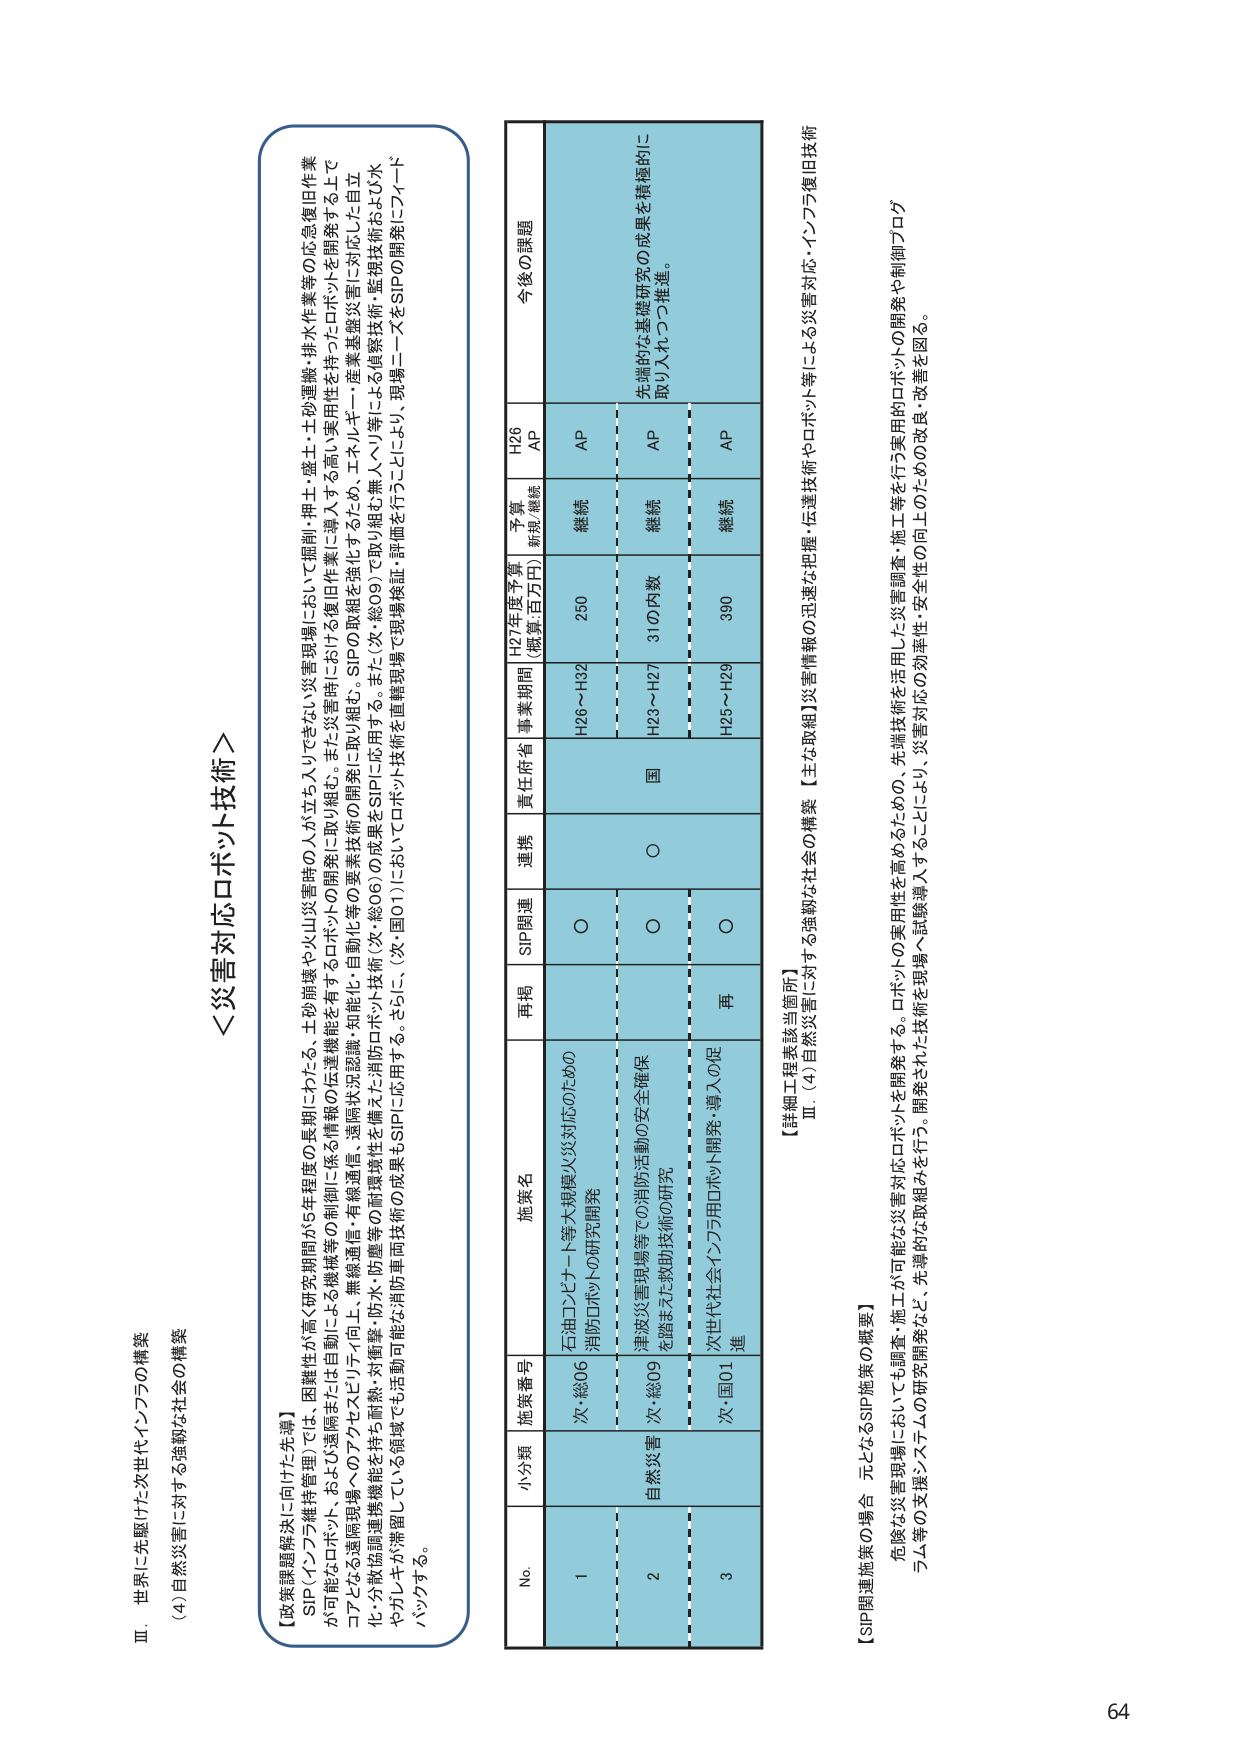
Ⅲ．世界に先駆けた次世代インフラの構築
(4) 自然災害に対する強靭な社会の構築

＜災害対応ロボット技術＞

【政策課題解決に向けた先導】
SIP（インフラ維持管理）では、困難性が高く（研究期間が5年程度の長期にわたる、土砂崩壊や火山災害時の人々が立ち入りできない災害現場において）掘削・押土・盛土・土砂運搬・排水作業等の急急復旧作業が可能なロボット、および遠隔または自動による機械等の制御に係る情報の伝達機能を有するロボットの開発に取り組む。また災害時における復旧作業に導入する高い実用性を持つロボットを開発する上で、ロボットと遠隔現場へのアクセスにリアルタイム・無線通信・有線通信・遠隔状況認識・知能化・自動化等の要素技術の開発に取り組む。SIPの取組を強化するため、エネルギー・産業基盤災害に対応した自立化・分散協調連携機能を持ち、耐熱・耐水・防塵等の耐環境性を備えた消防ロボット技術（次・総06）の成果をSIPに応用する。また（次・総09）で取り組む無人ヘリ等による偵察技術・監視技術およびロボットやドローンが滞留している領域でも活動可能な消防車両技術の成果もSIPに応用する。さらに（次・国01）においてロボット技術を直轄現場で現場検証・評価を行うことにより、現場ニーズをSIPの開発にフィードバックする。

No. 小分類 施策番号 施策名 再掲 SIP関連 連携 責任府省 事業期間 H27年度予算 （概算・百万円） 予算 新規/継続 H26 AP 今後の課題
1 自然災害 次・総06 石油コンビナート等大規模火災対応のための消防ロボットの研究開発 ○ ○ 国 H26～H32 250 継続 AP
2 次・総09 津波災害現場等での消防活動の安全確保を踏まえた救助技術の研究 ○ ○ H23～H27 31の内数 継続 AP 先端的な基礎研究の成果を積極的に取り入れつつ推進。
3 次・国01 次世代社会インフラ用ロボット開発・導入の促進 再 ○ H25～H29 390 継続 AP

【詳細工程表該当箇所】
Ⅲ．(4) 自然災害に対する強靭な社会の構築 【主な取組】災害情報の迅速な把握・伝達技術やロボット等による災害対応・インフラ復旧技術

【SIP関連施策の場合 元となるSIP施策の概要】
危険な災害現場においても調査・施工が可能な災害対応ロボットを開発する。ロボットの実用性を高めるための、先端技術を活用した災害調査・施工等を行う実用的ロボットの開発や制御プログラム等の支援システムの研究開発など、先導的な取組みを行う。開発された技術を現場へ試験導入することにより、災害対応の効率性・安全性の向上のための改良・改善を図る。

64